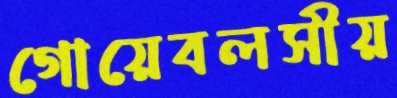
গোয়েবলসীয়